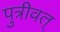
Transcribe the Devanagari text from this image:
पुत्रीवत्